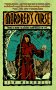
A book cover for Mordred's Curse; Ian McDowell; Science Fiction & Fantasy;